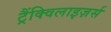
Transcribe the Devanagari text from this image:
ट्रैंक्विलाइज़र्स